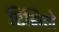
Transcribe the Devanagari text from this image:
डिमिले